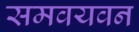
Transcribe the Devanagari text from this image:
समवयवन